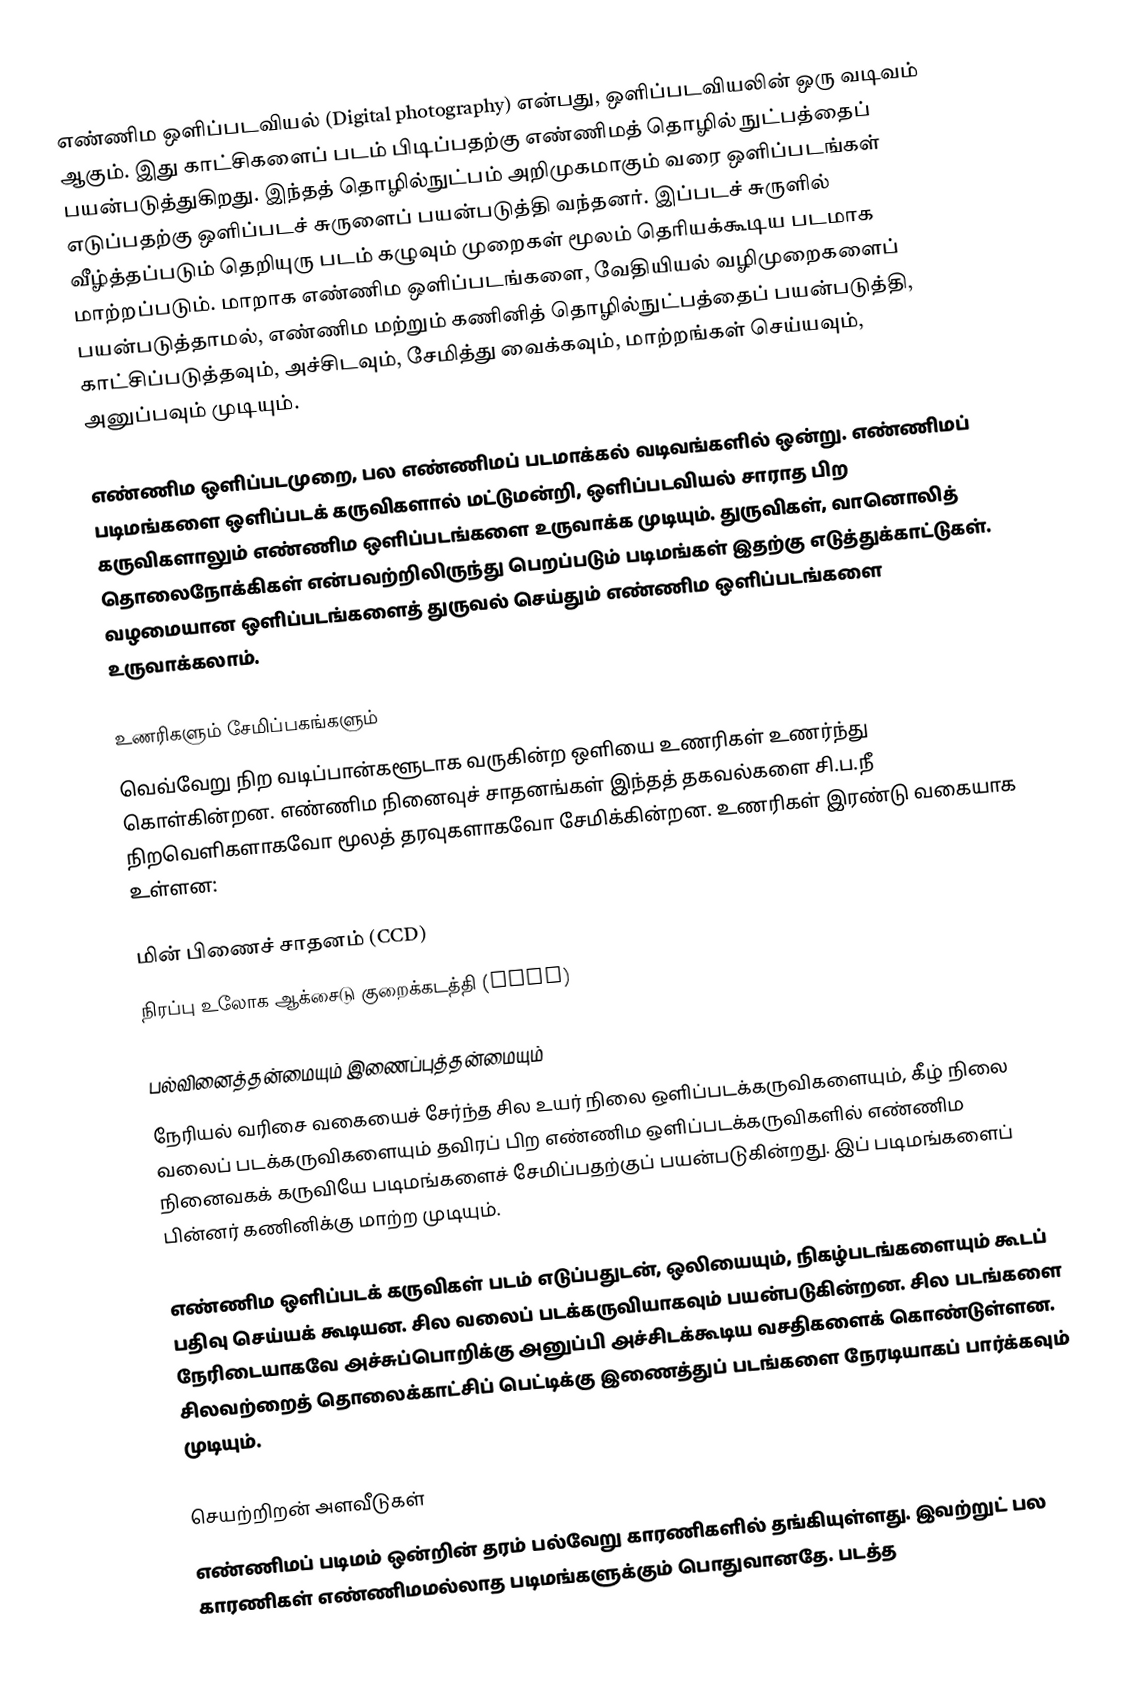
எண்ணிம ஒளிப்படவியல் (Digital photography) என்பது, ஒளிப்படவியலின் ஒரு வடிவம் ஆகும். இது காட்சிகளைப் படம் பிடிப்பதற்கு எண்ணிமத் தொழில் நுட்பத்தைப் பயன்படுத்துகிறது. இந்தத் தொழில்நுட்பம் அறிமுகமாகும் வரை ஒளிப்படங்கள் எடுப்பதற்கு ஒளிப்படச் சுருளைப் பயன்படுத்தி வந்தனர். இப்படச் சுருளில் வீழ்த்தப்படும் தெறியுரு படம் கழுவும் முறைகள் மூலம் தெரியக்கூடிய படமாக மாற்றப்படும். மாறாக எண்ணிம ஒளிப்படங்களை, வேதியியல் வழிமுறைகளைப் பயன்படுத்தாமல், எண்ணிம மற்றும் கணினித் தொழில்நுட்பத்தைப் பயன்படுத்தி, காட்சிப்படுத்தவும், அச்சிடவும், சேமித்து வைக்கவும், மாற்றங்கள் செய்யவும், அனுப்பவும் முடியும்.

எண்ணிம ஒளிப்படமுறை, பல எண்ணிமப் படமாக்கல் வடிவங்களில் ஒன்று. எண்ணிமப் படிமங்களை ஒளிப்படக் கருவிகளால் மட்டுமன்றி, ஒளிப்படவியல் சாராத பிற கருவிகளாலும் எண்ணிம ஒளிப்படங்களை உருவாக்க முடியும். துருவிகள், வானொலித் தொலைநோக்கிகள் என்பவற்றிலிருந்து பெறப்படும் படிமங்கள் இதற்கு எடுத்துக்காட்டுகள். வழமையான ஒளிப்படங்களைத் துருவல் செய்தும் எண்ணிம ஒளிப்படங்களை உருவாக்கலாம்.

உணரிகளும் சேமிப்பகங்களும்
வெவ்வேறு நிற வடிப்பான்களூடாக வருகின்ற ஒளியை உணரிகள் உணர்ந்து கொள்கின்றன. எண்ணிம நினைவுச் சாதனங்கள் இந்தத் தகவல்களை சி.ப.நீ நிறவெளிகளாகவோ மூலத் தரவுகளாகவோ சேமிக்கின்றன. உணரிகள் இரண்டு வகையாக உள்ளன:

 மின் பிணைச் சாதனம் (CCD)
 நிரப்பு உலோக ஆக்சைடு குறைக்கடத்தி (CMOS)

பல்வினைத்தன்மையும் இணைப்புத்தன்மையும்
நேரியல் வரிசை வகையைச் சேர்ந்த சில உயர் நிலை ஒளிப்படக்கருவிகளையும், கீழ் நிலை வலைப் படக்கருவிகளையும் தவிரப் பிற எண்ணிம ஒளிப்படக்கருவிகளில் எண்ணிம நினைவகக் கருவியே படிமங்களைச் சேமிப்பதற்குப் பயன்படுகின்றது. இப் படிமங்களைப் பின்னர் கணினிக்கு மாற்ற முடியும்.

எண்ணிம ஒளிப்படக் கருவிகள் படம் எடுப்பதுடன், ஒலியையும், நிகழ்படங்களையும் கூடப் பதிவு செய்யக் கூடியன. சில வலைப் படக்கருவியாகவும் பயன்படுகின்றன. சில படங்களை நேரிடையாகவே அச்சுப்பொறிக்கு அனுப்பி அச்சிடக்கூடிய வசதிகளைக் கொண்டுள்ளன. சிலவற்றைத் தொலைக்காட்சிப் பெட்டிக்கு இணைத்துப் படங்களை நேரடியாகப் பார்க்கவும் முடியும்.

செயற்றிறன் அளவீடுகள்
எண்ணிமப் படிமம் ஒன்றின் தரம் பல்வேறு காரணிகளில் தங்கியுள்ளது. இவற்றுட் பல காரணிகள் எண்ணிமமல்லாத படிமங்களுக்கும் பொதுவானதே. படத்த